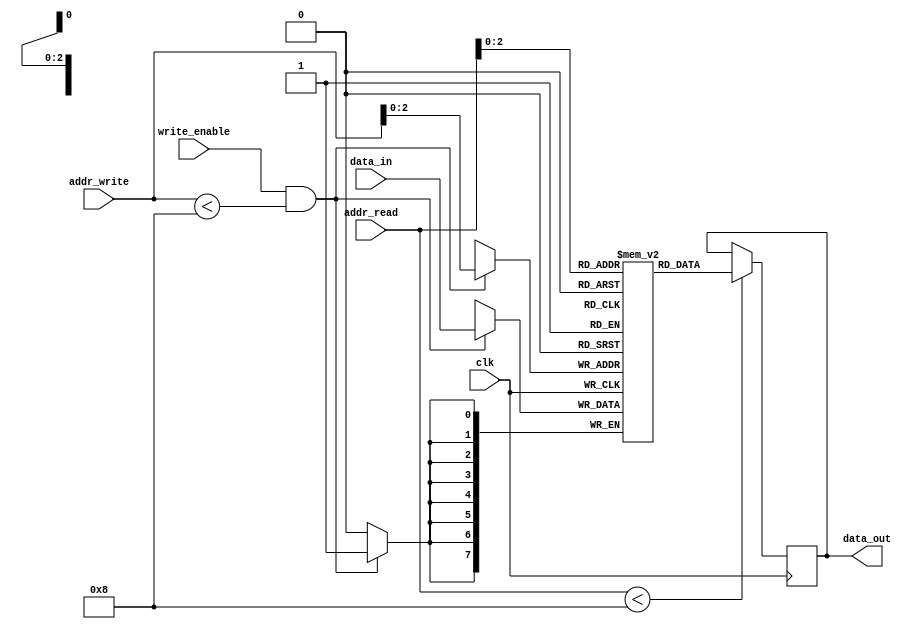
module register_file #(
  parameter NUM_REGISTERS = 8, // Number of registers
  parameter DATA_WIDTH = 8     // Width of each register
)(
  input wire clk,               // Clock signal
  input wire [3:0] addr_read,   // Read address input
  input wire [3:0] addr_write,  // Write address input
  input wire write_enable,      // Write enable signal
  input wire [DATA_WIDTH-1:0] data_in, // Data input for write operation
  output reg [DATA_WIDTH-1:0] data_out // Data output for read operation
);

reg [DATA_WIDTH-1:0] registers [0:NUM_REGISTERS-1];

// Read operation
always @(posedge clk) begin
  if (addr_read < NUM_REGISTERS)
    data_out <= registers[addr_read];
end

// Write operation
always @(posedge clk) begin
  if (write_enable && addr_write < NUM_REGISTERS)
    registers[addr_write] <= data_in;
end

endmodule